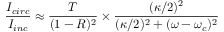
\frac { I _ { c i r c } } { I _ { i n c } } \approx \frac { T } { ( 1 - R ) ^ { 2 } } \times \frac { ( \kappa / 2 ) ^ { 2 } } { ( \kappa / 2 ) ^ { 2 } + ( \omega - \omega _ { c } ) ^ { 2 } }